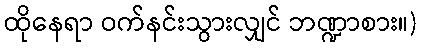
ထိုနေရာ ဝက်နင်းသွားလျှင် ဘဏ္ဍာစား။)